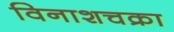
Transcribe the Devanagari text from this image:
विनाशचक्रा